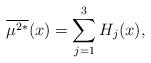
LaTeX: \begin{align*}\overline{\mu^{2*}}(x) = \sum_{j=1}^3 H_j(x), \end{align*}